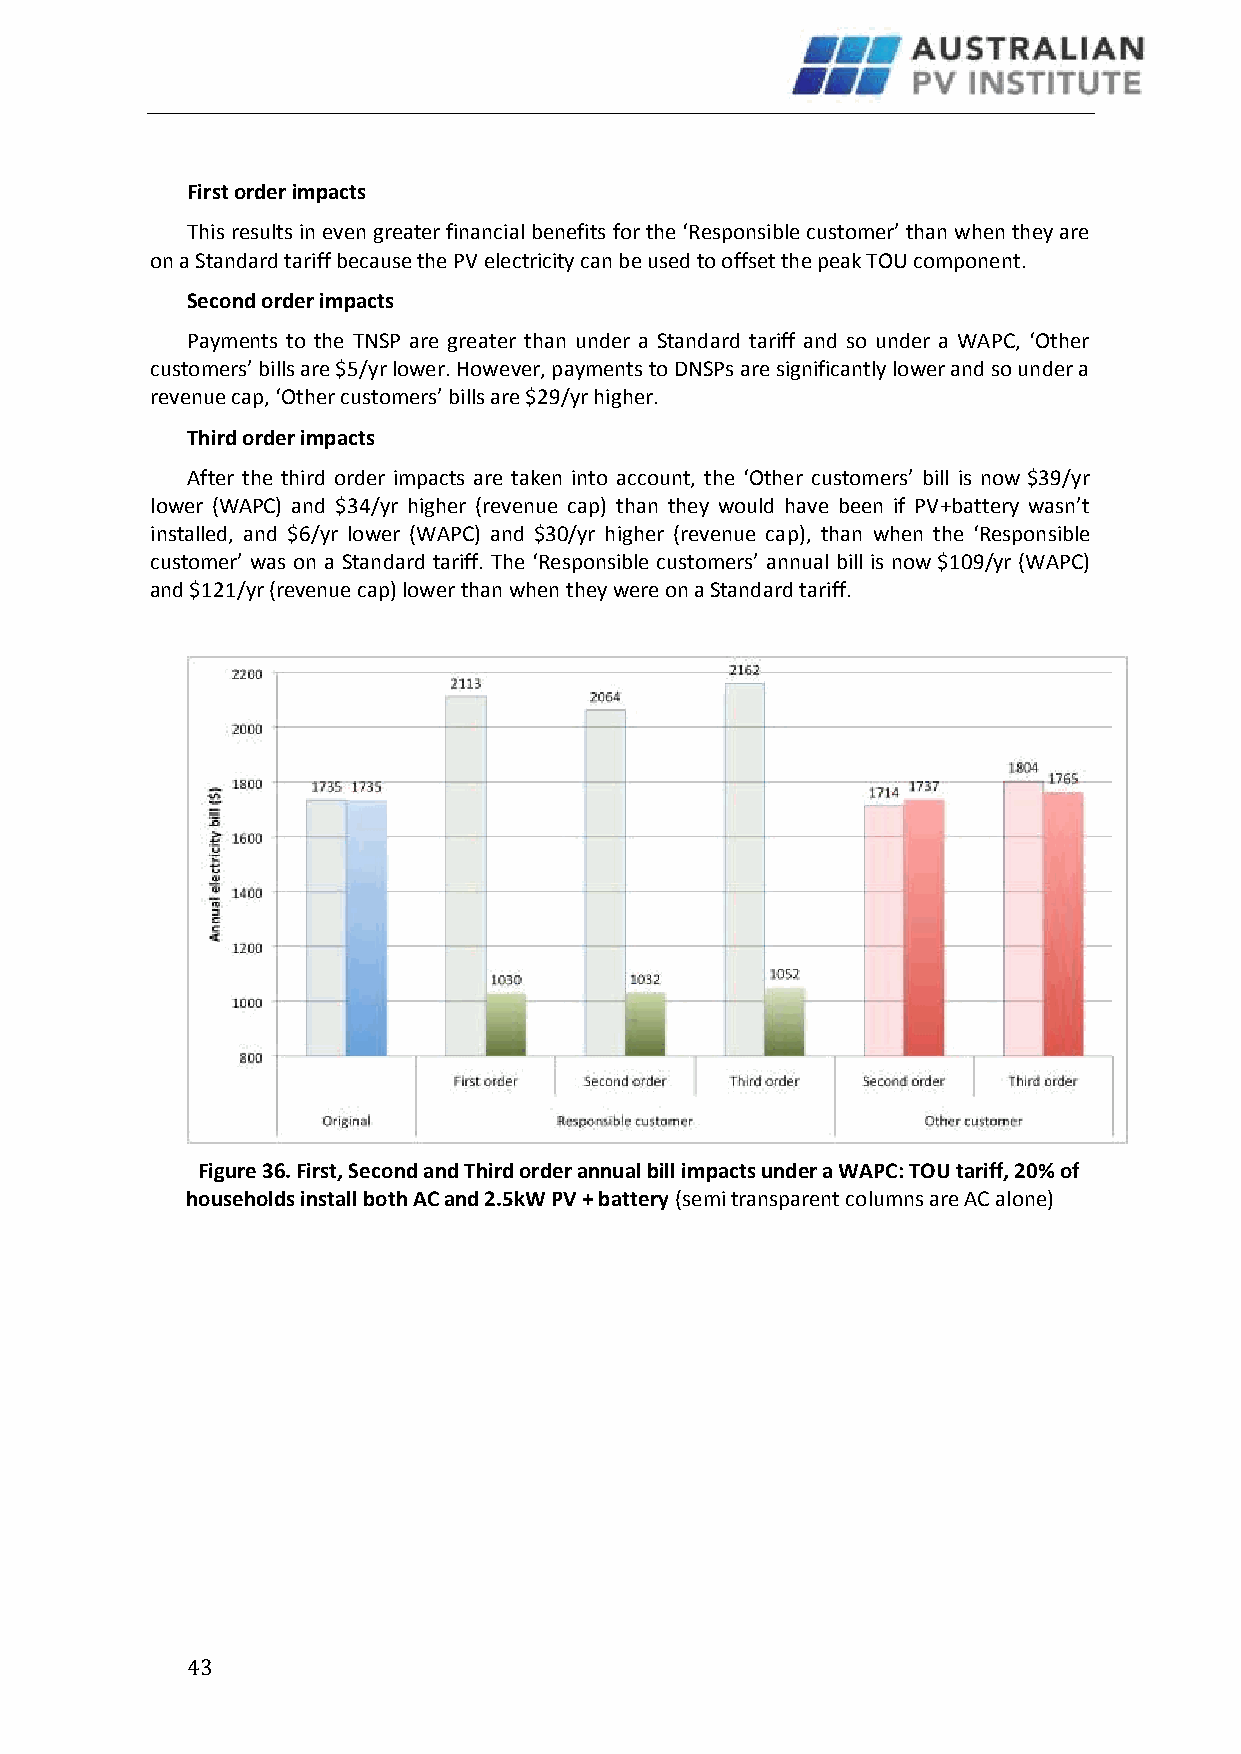
First order impacts
 This results in even greater financial benefits for the ‘Responsible customer’ than when they are
 on a Standard tariff because the PV electricity can be used to offset the peak TOU component.
 Second order impacts
 Payments to the TNSP are greater than under a Standard tariff and so under a WAPC, ‘Other
 customers’ bills are $5/yr lower. However, payments to DNSPs are significantly lower and so under a
 revenue cap, ‘Other customers’ bills are $29/yr higher.
 Third order impacts
 After the third order impacts are taken into account, the ‘Other customers’ bill is now $39/yr
 lower (WAPC) and $34/yr higher (revenue cap) than they would have been if PV+battery wasn’t
 installed, and $6/yr lower (WAPC) and $30/yr higher (revenue cap), than when the ‘Responsible
 customer’ was on a Standard tariff. The ‘Responsible customers’ annual bill is now $109/yr (WAPC)
 and $121/yr (revenue cap) lower than when they were on a Standard tariff.
 Figure 36. First, Second and Third order annual bill impacts under a WAPC: TOU tariff, 20% of
 households install both AC and 2.5kW PV + battery (semi transparent columns are AC alone)
 4 3